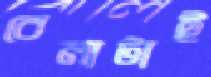
বেলাটাই